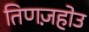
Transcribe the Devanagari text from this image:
तिणज़होउ